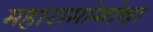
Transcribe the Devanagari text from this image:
महारामांगांचा